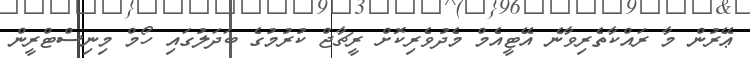
ޢޭރުން މާ ރައްކާތެރިވާނެ އޭޓީއެމް މެދުވެރިކޮށް ރީޗާޖް ކުރުމުގެ ބަދަލުގައި ހޯމް މިނިސްޓްރީން